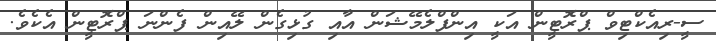
ސީ-ރިއެކްޓިވް ޕްރޮޓީން އަކީ އިންފްލެމޭޝަން އާއި ގުޅިގެން ލޭއިން ފެންނަ ޕްރޮޓީން އެކެވެ.